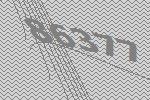
86377